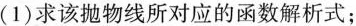
(1)求该抛物线所对应的函数解析式；